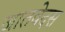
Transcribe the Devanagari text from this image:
जातवेदस